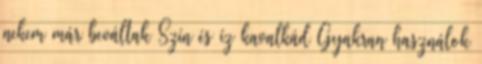
nekem már beváltak Szín és íz kavalkád Gyakran használok